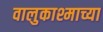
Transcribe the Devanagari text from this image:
वालुकाश्माच्या